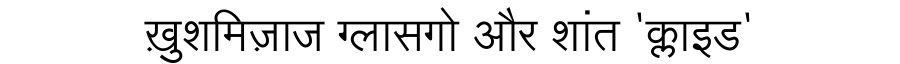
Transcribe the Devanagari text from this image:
ख़ुशमिज़ाज ग्लासगो और शांत 'क्लाइड'